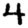
Digit: 4